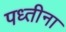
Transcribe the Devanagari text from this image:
पध्तीना